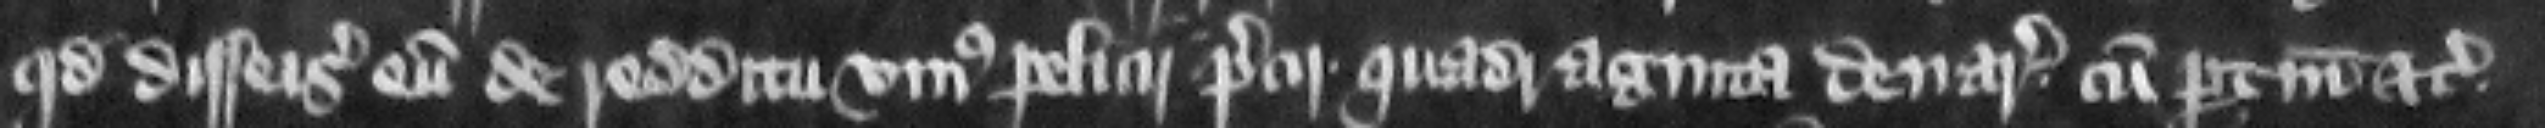
quod disseisiuerunt eum de redditu vnius pelicii precii quadraginta denariorum cum pertinenciis etc.